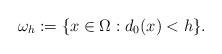
LaTeX: \begin{align*}\omega_h:=\{x\in \Omega: d_0(x)<h\}.\end{align*}